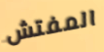
المفتش